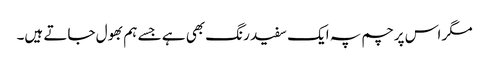
مگر اس پرچم پہ ایک سفید رنگ بھی ہے جسے ہم بھول جاتے ہیں۔